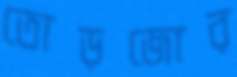
তোড়জোর